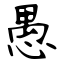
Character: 愚